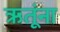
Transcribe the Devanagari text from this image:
ऋतूंना